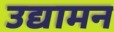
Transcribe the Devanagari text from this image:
उद्यामन